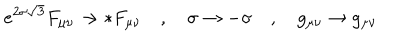
e ^ { 2 \sigma \sqrt { 3 } } F _ { \mu \nu } \rightarrow * F _ { \mu \nu } \quad , \quad \sigma \rightarrow - \sigma \quad , \quad g _ { \mu \nu } \rightarrow g _ { \mu \nu }